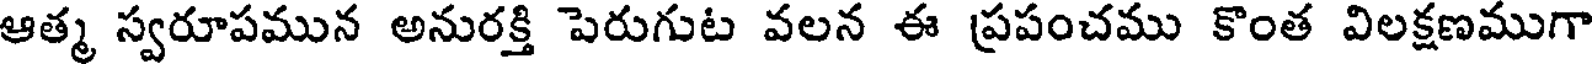
ఆత్మ స్వరూపమున అనురక్తి పెరుగుట వలన ఈ ప్రపంచము కొంత విలక్షణముగా